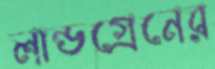
লান্ডগ্রেনের